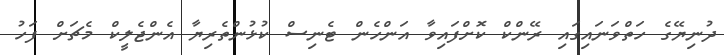
ދުނިޔޭގެ ހަތްވަނައިގައި ރޭންކް ކޮށްފައިވާ އަންހެން ޓެނިސް ކުޅުންތެރިޔާ އެންޖެލީކް މެޗަށް ފަހު